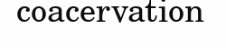
coacervation